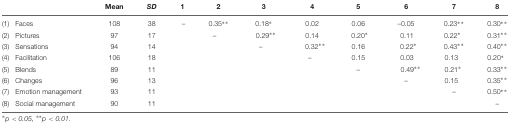
<table><thead><tr><td></td><td></td><td><b>Mean</b></td><td><b><i>SD</i></b></td><td><b>1</b></td><td><b>2</b></td><td><b>3</b></td><td><b>4</b></td><td><b>5</b></td><td><b>6</b></td><td><b>7</b></td><td><b>8</b></td></tr></thead><tbody><tr><td>(1)</td><td>Faces</td><td>108</td><td>38</td><td>–</td><td>0.35<sup>∗∗</sup></td><td>0.18<sup>∗</sup></td><td>0.02</td><td>0.06</td><td>–0.05</td><td>0.23<sup>∗∗</sup></td><td>0.30<sup>∗∗</sup></td></tr><tr><td>(2)</td><td>Pictures</td><td>97</td><td>17</td><td></td><td>–</td><td>0.29<sup>∗∗</sup></td><td>0.14</td><td>0.20<sup>∗</sup></td><td>0.11</td><td>0.22<sup>∗</sup></td><td>0.31<sup>∗∗</sup></td></tr><tr><td>(3)</td><td>Sensations</td><td>94</td><td>14</td><td></td><td></td><td>–</td><td>0.32<sup>∗∗</sup></td><td>0.16</td><td>0.22<sup>∗</sup></td><td>0.43<sup>∗∗</sup></td><td>0.40<sup>∗∗</sup></td></tr><tr><td>(4)</td><td>Facilitation</td><td>106</td><td>18</td><td></td><td></td><td></td><td>–</td><td>0.15</td><td>0.03</td><td>0.13</td><td>0.20<sup>∗</sup></td></tr><tr><td>(5)</td><td>Blends</td><td>89</td><td>11</td><td></td><td></td><td></td><td></td><td>–</td><td>0.49<sup>∗∗</sup></td><td>0.21<sup>∗</sup></td><td>0.33<sup>∗∗</sup></td></tr><tr><td>(6)</td><td>Changes</td><td>96</td><td>13</td><td></td><td></td><td></td><td></td><td></td><td>–</td><td>0.15</td><td>0.35<sup>∗∗</sup></td></tr><tr><td>(7)</td><td>Emotion management</td><td>93</td><td>11</td><td></td><td></td><td></td><td></td><td></td><td></td><td>–</td><td>0.50<sup>∗∗</sup></td></tr><tr><td>(8)</td><td>Social management</td><td>90</td><td>11</td><td></td><td></td><td></td><td></td><td></td><td></td><td></td><td>–</td></tr></tbody></table>